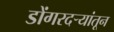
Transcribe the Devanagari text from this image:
डोंगरदर्‍यांतून